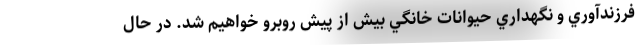
فرزندآوري و نگهداري حيوانات خانگي بيش از پيش روبرو خواهيم شد. در حال